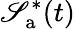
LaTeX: \mathscr{S}_{\mathrm{{a}}}^{*}(t)